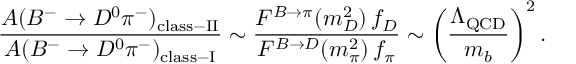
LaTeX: \frac { { \cal A } ( B ^ { - } \to D ^ { 0 } \pi ^ { - } ) _ { \mathrm { c l a s s \mathrm { - } I I } } } { { \cal A } ( B ^ { - } \to D ^ { 0 } \pi ^ { - } ) _ { \mathrm { c l a s s \mathrm { - } I } } } \sim \frac { F ^ { B \to \pi } ( m _ { D } ^ { 2 } ) \, f _ { D } } { F ^ { B \to D } ( m _ { \pi } ^ { 2 } ) \, f _ { \pi } } \sim \left( \frac { \Lambda _ { \mathrm { Q C D } } } { m _ { b } } \right) ^ { 2 } .